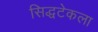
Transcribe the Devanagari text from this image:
सिद्धटेकला